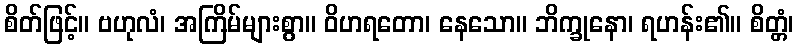
စိတ်ဖြင့်။ ဗဟုလံ၊ အကြိမ်များစွာ။ ဝိဟရတော၊ နေသော။ ဘိက္ခုနော၊ ရဟန်း၏။ စိတ္တံ၊